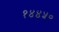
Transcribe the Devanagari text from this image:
१४४५०